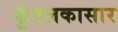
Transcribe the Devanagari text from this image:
कुंडलकासार